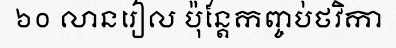
៦០ លានរៀល ប៉ុន្តែកញ្ចប់ថវិកា